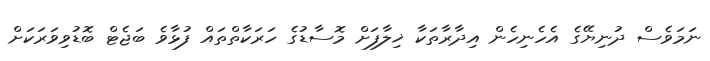
ނަމަވެސް ދުނިޔޭގެ އެހެނިހެން އިދާރާތަކާ ޚިލާފަށް މޮސާޑުގެ ހަރަކާތްތައް ފުޅާވެ ބަޖެޓް ބޮޑުވިވަރަކަށް